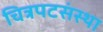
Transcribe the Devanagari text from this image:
चित्रपटसंस्था